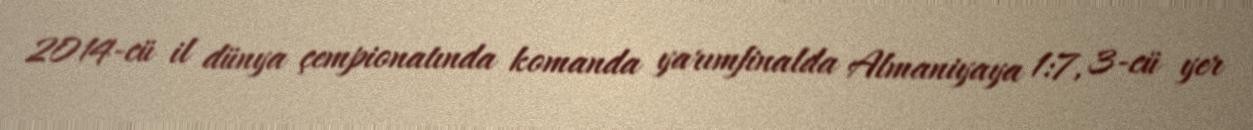
2014-cü il dünya çempionatında komanda yarımfinalda Almaniyaya 1:7, 3-cü yer